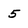
Character: 5